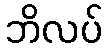
ဘိလပ်